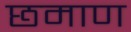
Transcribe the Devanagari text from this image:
छमाण